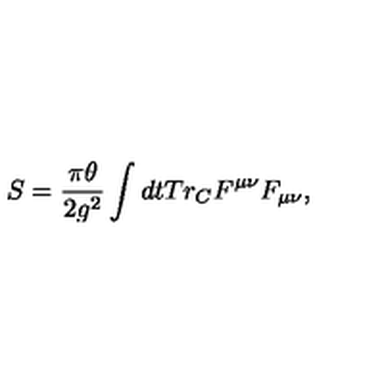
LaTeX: S = \frac { \pi \theta } { 2 g ^ { 2 } } \int d t T r _ { C } F ^ { \mu \nu } F _ { \mu \nu } ,